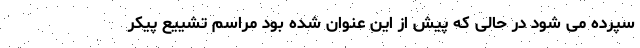
سپرده می شود در حالی که پیش از این عنوان شده بود مراسم تشییع پیکر